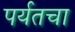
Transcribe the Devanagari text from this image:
पर्यतचा